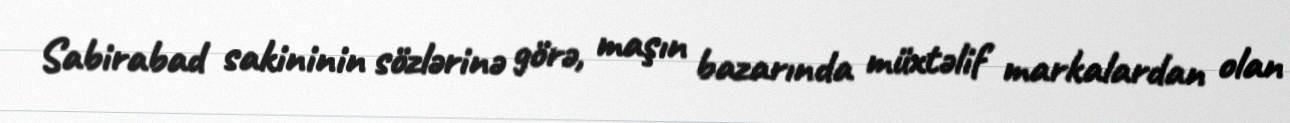
Sabirabad sakininin sözlərinə görə, maşın bazarında müxtəlif markalardan olan